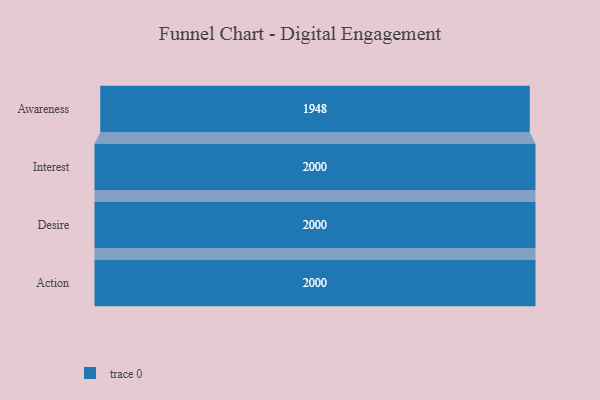
{"axis": {"x": "Stage", "y": "Value"}, "legend": [""], "data": [{"x": "Awareness", "y": 1948.0, "type": ""}, {"x": "Interest", "y": 2000, "type": ""}, {"x": "Desire", "y": 2000, "type": ""}, {"x": "Action", "y": 2000, "type": ""}]}